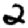
Digit: 2